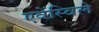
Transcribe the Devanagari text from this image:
एवेंस्विले